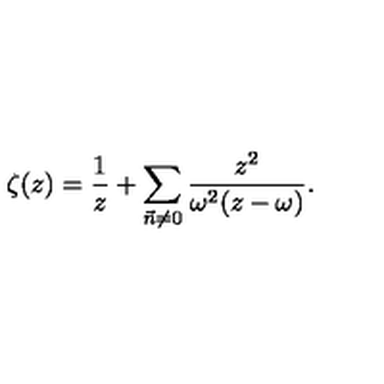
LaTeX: \zeta ( z ) = \frac { 1 } { z } + \sum _ { \vec { n } \neq 0 } \frac { z ^ { 2 } } { \omega ^ { 2 } ( z - \omega ) } .